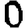
Digit: 0